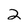
Character: 2